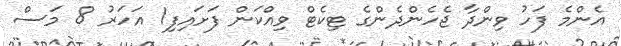
އެންމެ ފަހު ވިންދާ ޖެހެންދެންގެ ޓިކެޓް ވިއްކަން ފަށައިފި1 އަހަރު 8 މަސް